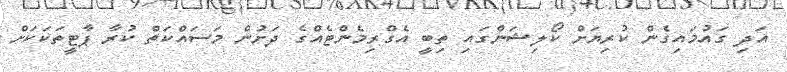
އަދި ގައުމައިގެން ކުރިޔަށް ކޯލިޝަންގައި ތިބީ އެގްރިމެންޓެއްގެ ދަށުން މަސައްކަތް ކުރާ ޕާޓީތަކަކަށް